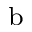
\mathrm { ^ b }